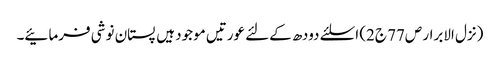
(نزل الابرار ص77 ج2) اسلئے دودھ کےلئے عورتیں موجود ہیں پستان نوشی فرمائیے۔